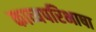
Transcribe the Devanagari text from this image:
काव्यपरिभाषा